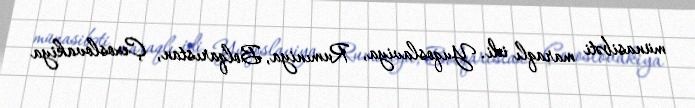
münasibəti maraqlı idi. Yuqoslaviya, Rumıniya, Bolqarıstan, Çexoslovakiya